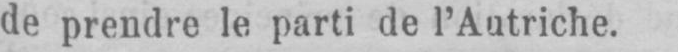
de prendre le parti de l’Autriche.